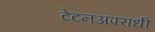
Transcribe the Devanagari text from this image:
टेटनअपराधी